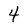
Character: 4